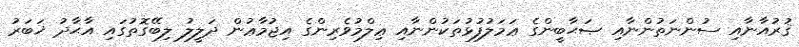
ޤުރުއާނާއި ސުންނަތުންނާއި ޞަޙާބީންގެ ޢަމަލުފުޅުތަކުންނާއި ޢިލްމުވެރިންގެ އިޖުމާޢުން ދަލީލު ލިބޭގޮތުގައި އާޙާދު ޚަބަރު